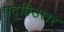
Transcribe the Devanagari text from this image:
पद्विउत्तर